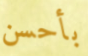
بأحسن